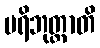
ပရိဘုတ္တာတိ